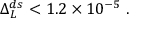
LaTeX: \Delta _ { L } ^ { d s } < 1 . 2 \times 1 0 ^ { - 5 } ~ .